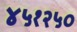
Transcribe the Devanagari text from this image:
४५१२५०